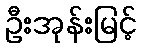
ဦးအုန်းမြင့်